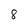
Character: 8